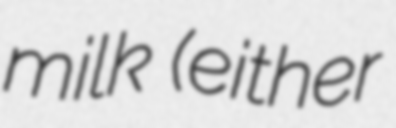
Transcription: milk (either